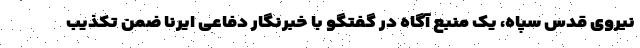
نیروی قدس سپاه، یک منبع آگاه در گفتگو با خبرنگار دفاعی ایرنا ضمن تکذیب